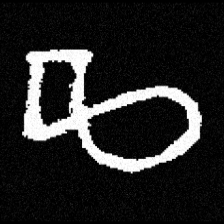
Pyu character \u2014 Myanmar letter: ဆ (romanized: cha)